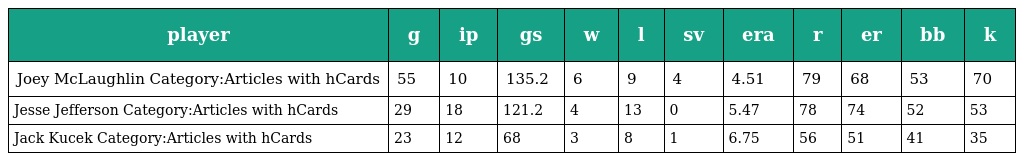
| player | g | ip | gs | w | l | sv | era | r | er | bb | k |
 | --- | --- | --- | --- | --- | --- | --- | --- | --- | --- | --- | --- |
 | Joey McLaughlin Category:Articles with hCards | 55 | 10 | 135.2 | 6 | 9 | 4 | 4.51 | 79 | 68 | 53 | 70 |
 | Jesse Jefferson Category:Articles with hCards | 29 | 18 | 121.2 | 4 | 13 | 0 | 5.47 | 78 | 74 | 52 | 53 |
 | Jack Kucek Category:Articles with hCards | 23 | 12 | 68 | 3 | 8 | 1 | 6.75 | 56 | 51 | 41 | 35 |